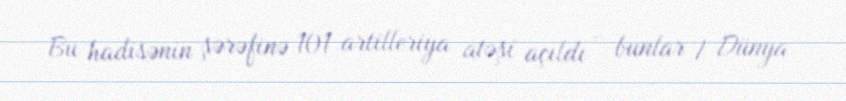
Bu hadisənin şərəfinə 101 artilleriya atəşi açıldı - bunlar I Dünya